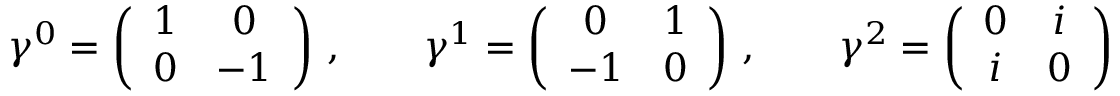
\gamma ^ { 0 } = \left( \begin{array} { c c } { { 1 } } & { { 0 } } \\ { { 0 } } & { { - 1 } } \end{array} \right) \, , \qquad \gamma ^ { 1 } = \left( \begin{array} { c c } { { 0 } } & { { 1 } } \\ { { - 1 } } & { { 0 } } \end{array} \right) \, , \qquad \gamma ^ { 2 } = \left( \begin{array} { c c } { { 0 } } & { { i } } \\ { { i } } & { { 0 } } \end{array} \right)